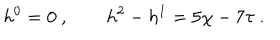
LaTeX: h ^ { 0 } = 0 \ , \qquad h ^ { 2 } - h ^ { 1 } = 5 \chi - 7 \tau \ .